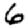
Digit: 6